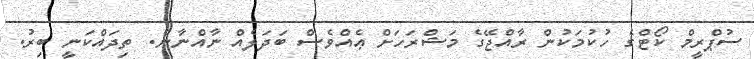
ސުޕްރީމް ކޯޓްގެ ހުކުމަކުން ރާއްޖޭގެ މަޝްރަހަށް ޢެއްވެސް ބަދަލެއް ނާއްނާނެ. ތިދައްކަނީ ބިރު.